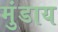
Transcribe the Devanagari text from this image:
मुंडाय